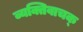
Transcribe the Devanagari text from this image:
व्यक्तिवाचक्